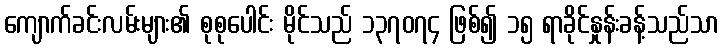
ကျောက်ခင်းလမ်းများ၏ စုစုပေါင်း မိုင်သည် ၁၃၇၀၇၄ ဖြစ်၍ ၁၅ ရာခိုင်နှုန်းခန့်သည်သာ